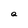
Character: a